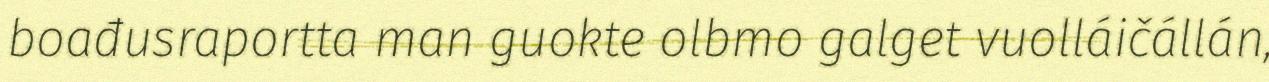
boađusraportta man guokte olbmo galget vuolláičállán,